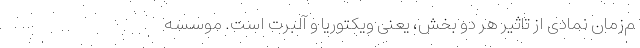
م‌زمان نمادی از تاثیر هر دو بخش، یعنی ویکتوریا و آلبرت است. موسسه